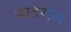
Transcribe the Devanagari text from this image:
नातराश